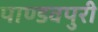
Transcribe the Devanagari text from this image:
पाण्डवपुरी